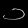
Digit: ၁